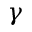
\gamma